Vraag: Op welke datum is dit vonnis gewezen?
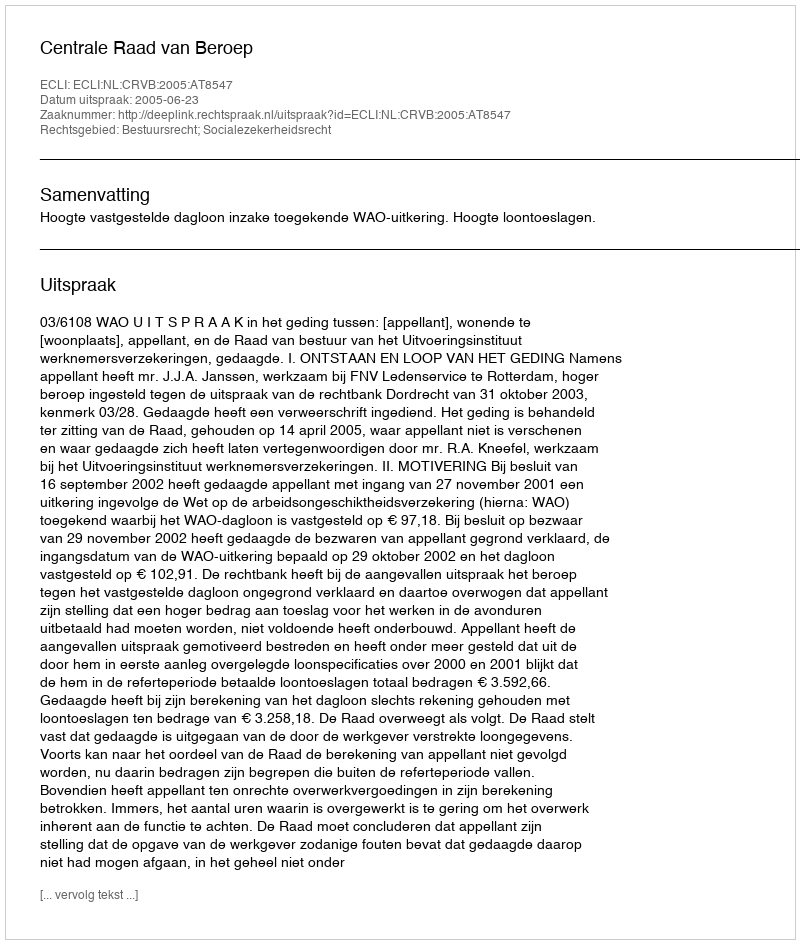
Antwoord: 2005-06-23